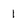
Character: 1